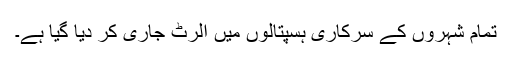
تمام شہروں کے سرکاری ہسپتالوں میں الرٹ جاری کر دیا گیا ہے۔